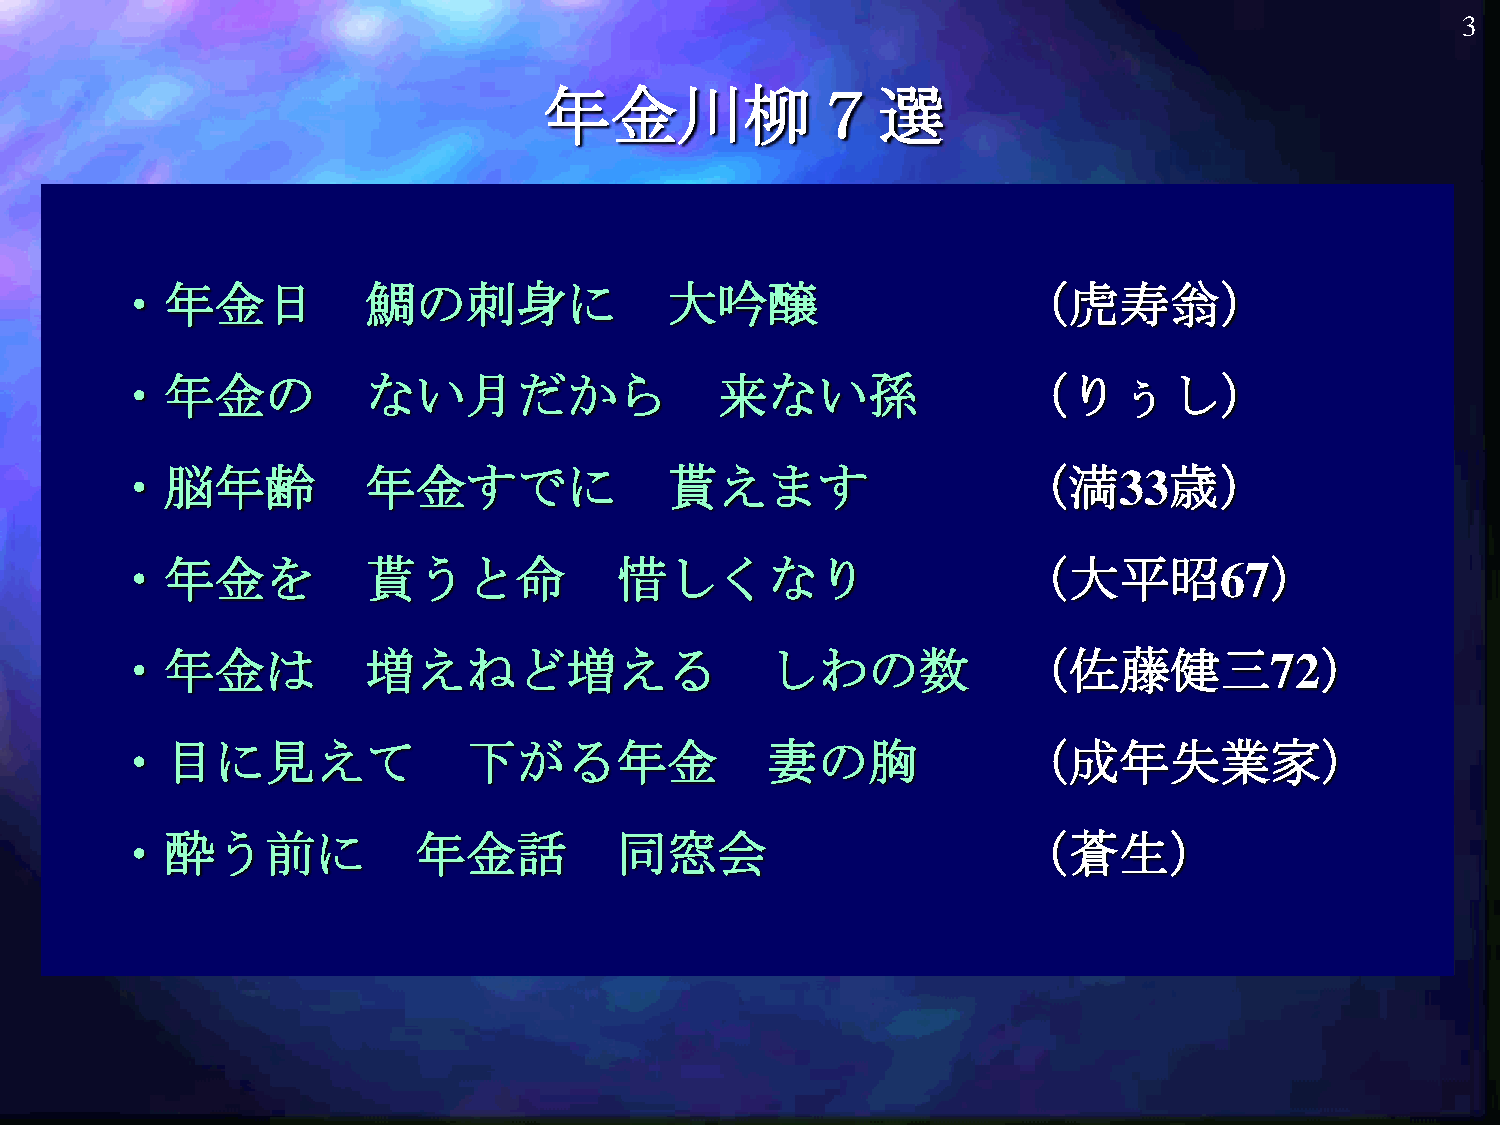
3
 年金川柳７選
 ・年金日            鯛の刺身に               大吟醸                    （虎寿翁）
 ・年金の            ない月だから                 来ない孫                （りぅし）
 ・脳年齢            年金すでに               貰えます                   （満33歳）
 ・年金を            貰うと命             惜しくなり                     （大平昭67）
 ・年金は            増えねど増える                    しわの数            （佐藤健三72）
 ・目に見えて                 下がる年金               妻の胸             （成年失業家）
 ・酔う前に               年金話          同窓会                       （蒼生）